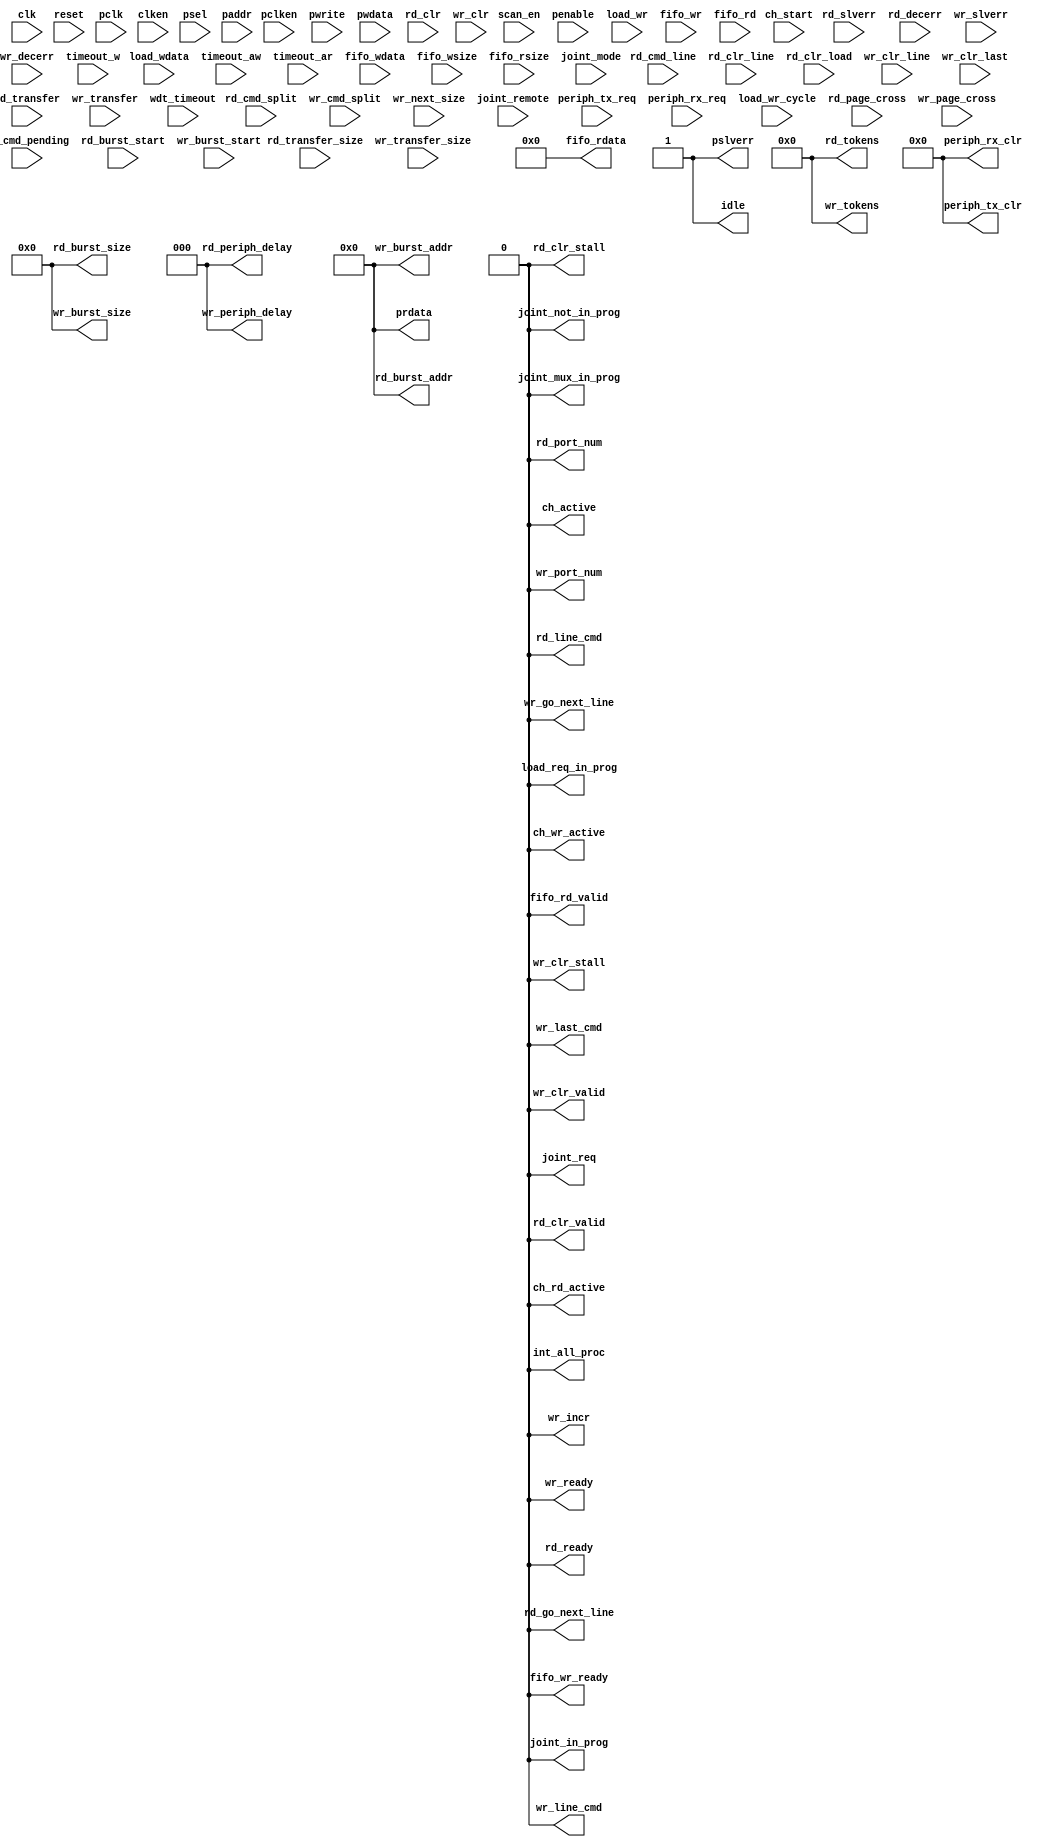
// This program was cloned from: https://github.com/HKUSTGZ-MICS-LYU/FlattenRTL
// License: MIT License

/////////////////////////////////////////////////////////////////////
////                                                             ////
////          eyal@provartec.com                                 ////
////                                                             ////
////  Downloaded from: http://www.opencores.org                  ////
/////////////////////////////////////////////////////////////////////
////                                                             ////
//// Copyright (C) 2010 Provartec LTD                            ////
//// www.provartec.com                                           ////
//// info@provartec.com                                          ////
////                                                             ////
//// This source file may be used and distributed without        ////
//// restriction provided that this copyright statement is not   ////
//// removed from the file and that any derivative work contains ////
//// the original copyright notice and the associated disclaimer.////
////                                                             ////
//// This source file is free software; you can redistribute it  ////
//// and/or modify it under the terms of the GNU Lesser General  ////
//// Public License as published by the Free Software Foundation.////
////                                                             ////
//// This source is distributed in the hope that it will be      ////
//// useful, but WITHOUT ANY WARRANTY; without even the implied  ////
//// warranty of MERCHANTABILITY or FITNESS FOR A PARTICULAR     ////
//// PURPOSE.  See the GNU Lesser General Public License for more////
//// details. http://www.gnu.org/licenses/lgpl.html              ////
////                                                             ////
/////////////////////////////////////////////////////////////////////
//---------------------------------------------------------
//-- File generated by RobustVerilog parser
//-- Version: 1.0
//-- Invoked Fri Mar 25 23:36:57 2011
//--
//-- Source file: dma_ch.v
//---------------------------------------------------------


    

module dma_axi64_core0_ch_empty (clk,reset,scan_en,pclk,clken,pclken,psel,penable,paddr,pwrite,pwdata,prdata,pslverr,periph_tx_req,periph_tx_clr,periph_rx_req,periph_rx_clr,rd_cmd_split,rd_cmd_line,rd_clr_line,rd_clr,rd_clr_load,rd_slverr,rd_decerr,wr_cmd_split,wr_cmd_pending,wr_clr_line,wr_clr,wr_clr_last,wr_slverr,wr_decerr,load_wr,load_wr_cycle,load_wdata,load_req_in_prog,int_all_proc,ch_start,idle,ch_active,ch_rd_active,ch_wr_active,wr_last_cmd,rd_line_cmd,wr_line_cmd,rd_go_next_line,wr_go_next_line,rd_ready,rd_burst_start,rd_burst_addr,rd_burst_size,rd_tokens,rd_port_num,rd_periph_delay,rd_clr_valid,rd_transfer,rd_transfer_size,rd_clr_stall,wr_ready,wr_burst_start,wr_burst_addr,wr_burst_size,wr_tokens,wr_port_num,wr_periph_delay,wr_clr_valid,wr_transfer,wr_transfer_size,wr_next_size,wr_clr_stall,wr_incr,timeout_aw,timeout_w,timeout_ar,wdt_timeout,fifo_wr,fifo_wdata,fifo_wsize,fifo_rd,fifo_rsize,fifo_rd_valid,fifo_rdata,fifo_wr_ready,joint_mode,joint_remote,rd_page_cross,wr_page_cross,joint_in_prog,joint_not_in_prog,joint_mux_in_prog,joint_req);

   input             clk;
   input             reset;
   input             scan_en;
   
   input             pclk;
   input             clken;
   input             pclken;
   input             psel;
   input             penable;
   input [7:0]             paddr;
   input             pwrite;
   input [31:0]         pwdata;
   output [31:0]         prdata;
   output             pslverr;
   
   input [31:1]         periph_tx_req;
   output [31:1]         periph_tx_clr;
   input [31:1]         periph_rx_req;
   output [31:1]         periph_rx_clr;

   input             rd_cmd_split;
   input             rd_cmd_line;
   input             rd_clr_line;
   input             rd_clr;
   input             rd_clr_load;
   input             rd_slverr;
   input             rd_decerr;

   input             wr_cmd_split;
   input             wr_cmd_pending;
   input             wr_clr_line;
   input             wr_clr;
   input             wr_clr_last;
   input             wr_slverr;
   input             wr_decerr;
   
   input             load_wr;
   input [1:0]             load_wr_cycle;
   input [64-1:0]    load_wdata;
   output             load_req_in_prog;
   
   output [1-1:0]    int_all_proc;
   input              ch_start;
   output             idle;
   output             ch_active;
   output             ch_rd_active;
   output             ch_wr_active;
   output             wr_last_cmd;
   output             rd_line_cmd;
   output             wr_line_cmd;
   output             rd_go_next_line;
   output             wr_go_next_line;
   
   output             rd_ready;
   input             rd_burst_start;
   output [32-1:0]   rd_burst_addr;
   output [8-1:0]  rd_burst_size;
   output [6-1:0] rd_tokens;
   output             rd_port_num;
   output [3-1:0] rd_periph_delay;
   output             rd_clr_valid;
   input             rd_transfer;
   input [4-1:0]    rd_transfer_size;
   output             rd_clr_stall;
   
   output             wr_ready;
   input             wr_burst_start;
   output [32-1:0]   wr_burst_addr;
   output [8-1:0]  wr_burst_size;
   output [6-1:0] wr_tokens;
   output             wr_port_num;
   output [3-1:0] wr_periph_delay; 
   output             wr_clr_valid;
   input             wr_transfer;
   input [4-1:0]    wr_transfer_size;
   input [4-1:0]    wr_next_size;
   output             wr_clr_stall;
   output             wr_incr;
   
   input              timeout_aw;
   input              timeout_w;
   input              timeout_ar;
   input             wdt_timeout;

   input             fifo_wr;
   input [64-1:0]    fifo_wdata;
   input [4-1:0]    fifo_wsize;
   
   input             fifo_rd;
   input [4-1:0]    fifo_rsize;
   
   output             fifo_rd_valid;
   output [64-1:0]   fifo_rdata;
   output             fifo_wr_ready;
   
   input             joint_mode;
   input             joint_remote;
   input             rd_page_cross;
   input             wr_page_cross;
   output             joint_in_prog;
   output             joint_not_in_prog;
   output             joint_mux_in_prog;
   output             joint_req;

   
   assign             prdata            = 'd0;
   assign             pslverr           = 'd1; //return error
   assign             periph_tx_clr     = 'd0;
   assign             periph_rx_clr     = 'd0;
   assign             load_req_in_prog  = 'd0;
   assign             int_all_proc      = 'd0;
   assign             idle              = 'd1;
   assign             ch_active         = 'd0;
   assign             ch_rd_active      = 'd0;
   assign             ch_wr_active      = 'd0;
   assign             wr_last_cmd       = 'd0;
   assign             rd_line_cmd       = 'd0;
   assign             wr_line_cmd       = 'd0;
   assign             rd_go_next_line   = 'd0;
   assign             wr_go_next_line   = 'd0;
   assign             rd_ready          = 'd0;
   assign             rd_burst_addr     = 'd0;
   assign             rd_burst_size     = 'd0;
   assign             rd_tokens         = 'd0;
   assign             rd_port_num       = 'd0;
   assign             rd_periph_delay   = 'd0;
   assign             rd_clr_valid      = 'd0;
   assign             rd_clr_stall      = 'd0;
   assign             wr_ready          = 'd0;
   assign             wr_burst_addr     = 'd0;
   assign             wr_burst_size     = 'd0;
   assign             wr_tokens         = 'd0;
   assign             wr_port_num       = 'd0;
   assign             wr_periph_delay   = 'd0;
   assign             wr_clr_valid      = 'd0;
   assign             wr_clr_stall      = 'd0;
   assign             wr_incr           = 'd0;
   assign             fifo_rd_valid     = 'd0;
   assign             fifo_rdata        = 'd0;
   assign             fifo_wr_ready     = 'd0;
   assign             joint_in_prog     = 'd0;
   assign             joint_not_in_prog = 'd0;
   assign             joint_mux_in_prog = 'd0;
   assign             joint_req         = 'd0;


   
endmodule